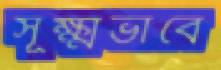
সূক্ষ্মভাবে